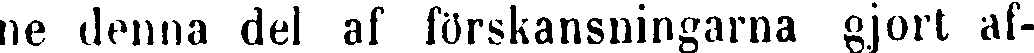
ne denna del af förskansningarna gjort af-